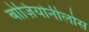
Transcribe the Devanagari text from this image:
बोज़ियोनीलोस